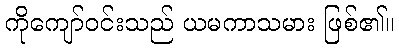
ကိုကျော်ဝင်းသည် ယမကာသမား ဖြစ်၏။